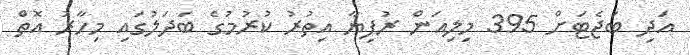
އަދި ބަޖެޓަށް 395 މިލިއަން ރުފިޔާ އިތުރު ކުރުމުގެ ބަދަލުގައި މިހާރު އޮތް